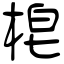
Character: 梍